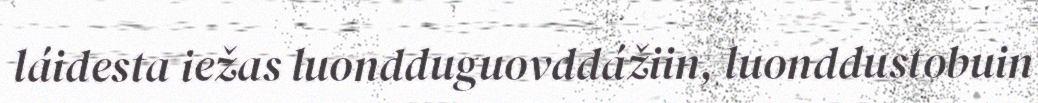
láidesta iežas luondduguovddážiin, luonddustobuin